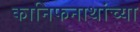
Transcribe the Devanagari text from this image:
कानिफनाथांच्या